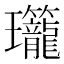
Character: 𬎡